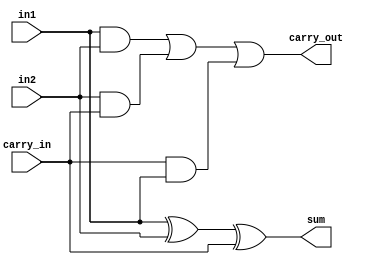
module full_adder_ins(
    sum,carry_out,in1,in2,carry_in
);
input in1,in2, carry_in;
output sum, carry_out;
wire wire1, wire2, wire3;
assign sum=(in1^in2)^carry_in;
assign carry_out=(in1 & in2)|(in2 & carry_in)|(carry_in & in1);
endmodule